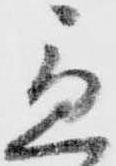
急